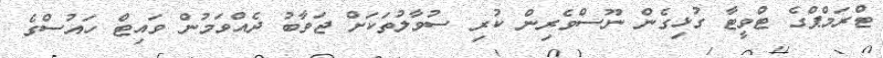
ޓްރަމްޕްގެ ޓްވީޓާ ގުޅިގެން ނޫސްވެރިން ކުރި ސުވާލުތަކަށް ޖަވާބު ދެއްވަމުން ވައިޓް ހައުސްގެ